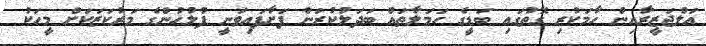
އަލްޖަޒީރާއިން ހާމަކުރި ގޮތުގައި ބަޑީގެ ހަމަލާތައް ބަދަލުކުރަން ފަށާފައިވަނީ ފުލުހުންގެ މަރުކަޒަކަށް މީހަކު